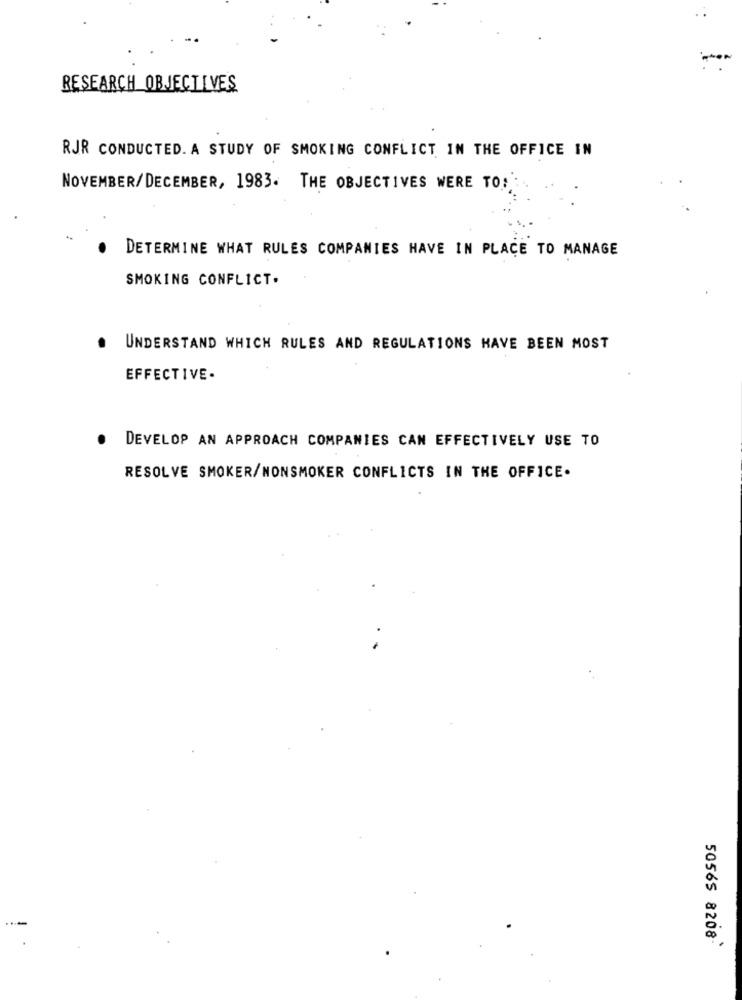
RESEARCH OBJECTIVES
RJR CONDUCTED. A STUDY OF SMOKING CONFLICT IN THE OFFICE IN
NOVEMBER/DECEMBER, 1983. THE OBJECTIVES WERE TO;
DETERMINE WHAT RULES COMPANIES HAVE IN PLACE TO MANAGE
SMOKING CONFLICT.
. UNDERSTAND WHICH RULES AND REGULATIONS HAVE BEEN MOST
EFFECTIVE.
DEVELOP AN APPROACH COMPANIES CAN EFFECTIVELY USE TO
RESOLVE SMOKER/NONSMOKER CONFLICTS IN THE OFFICE.
50565 8208.